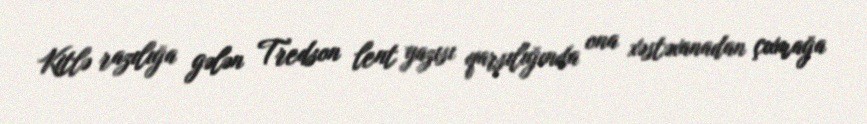
Kitlə razılığa gələn Tredson lent yazısı qarşılığında ona xəstəxanadan çıxmağa